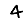
Digit: 4